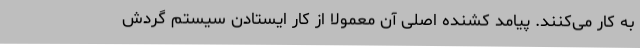
به کار می‌کنند. پیامد کشنده اصلی آن معمولاً از کار ایستادن سیستم گردش